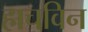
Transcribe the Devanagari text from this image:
हाचविन